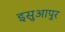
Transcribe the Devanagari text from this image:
इसुआपुर